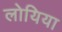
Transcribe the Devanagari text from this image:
लोयिया